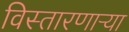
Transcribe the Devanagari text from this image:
विस्तारणाऱ्या